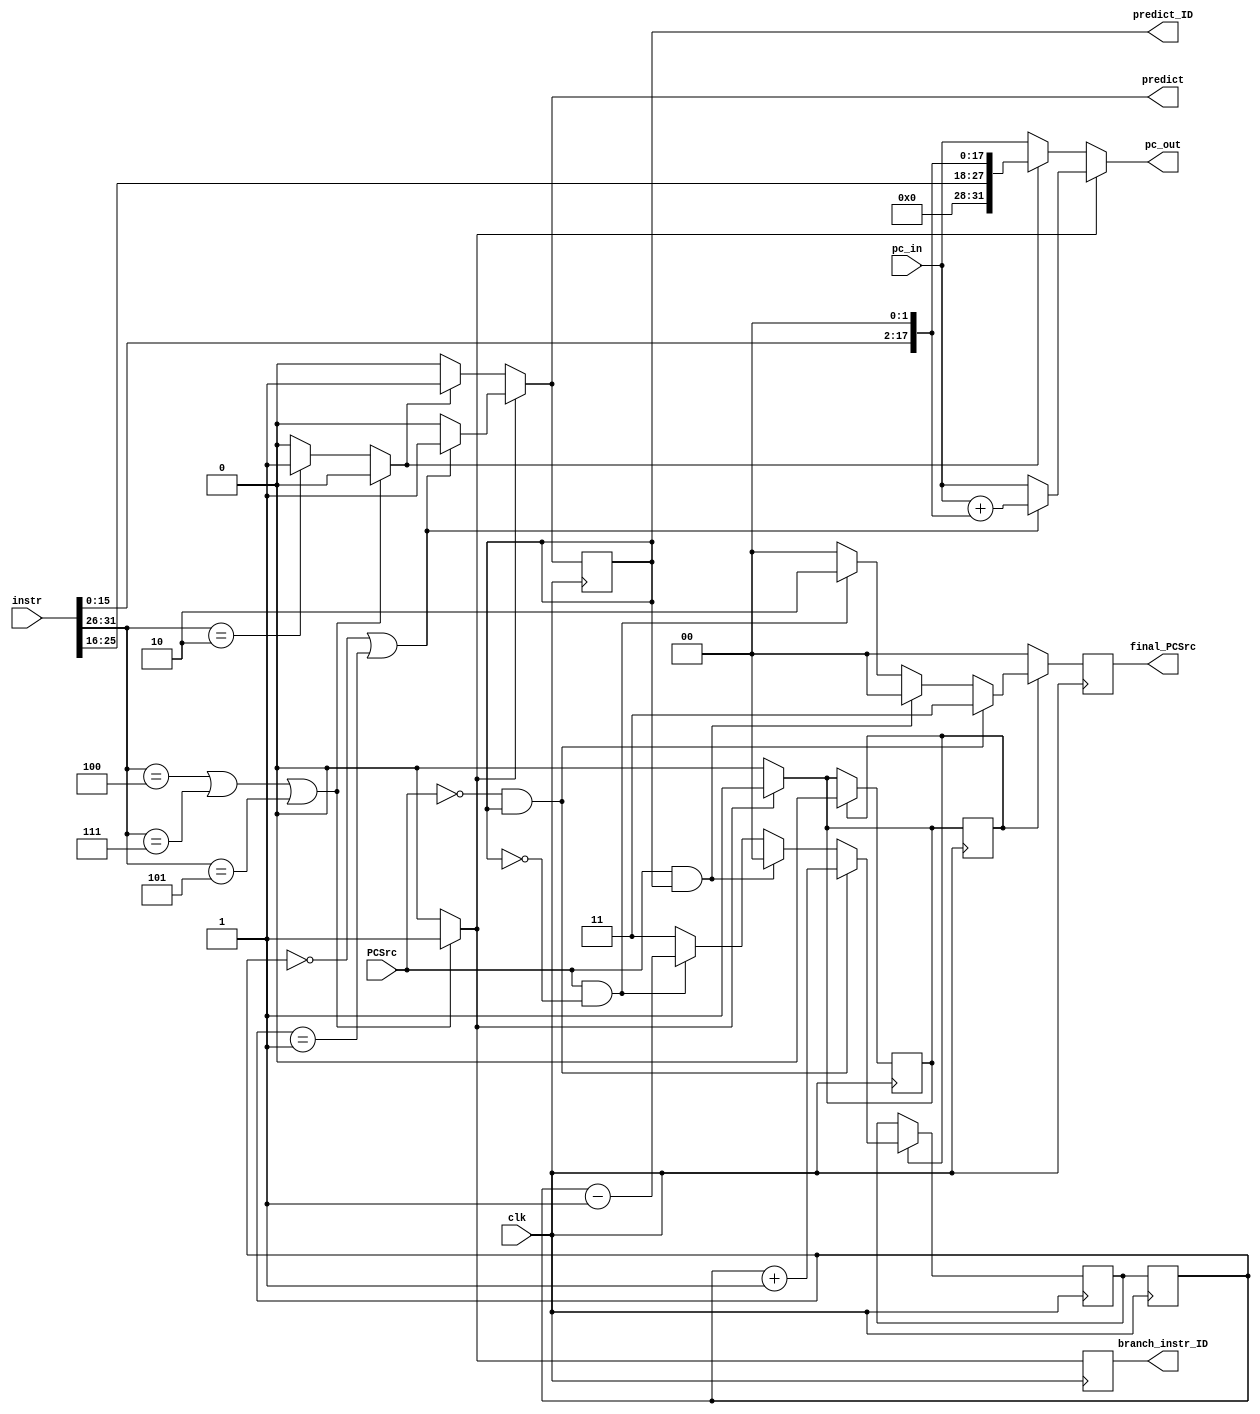
module Dynamic_Branch_Predict(clk, pc_in, instr, pc_out, predict,PCSrc, final_PCSrc, predict_ID
                  ,branch_instr_ID  );

    input   clk, PCSrc;
    input   [31:0] instr, pc_in;
    output  reg [31:0] pc_out;
    output  reg predict, predict_ID, branch_instr_ID;
    output  reg [1:0] final_PCSrc;

    reg     [1:0] state, stateEX, next_state;
    reg     branch_instr;
    reg     jump_instr, wait_to_check, check;

    parameter TAKE = 2'b00;
    parameter WEAKLY_TAKE = 2'b01;
    parameter WEAKLY_NOTTAKE = 2'b10;
    parameter NOT_TAKE = 2'b11;

    initial 
    begin
      pc_out=0;
      state = WEAKLY_TAKE;
      stateEX = WEAKLY_TAKE;
      next_state = WEAKLY_TAKE;
      predict =0;
      branch_instr=0;
      jump_instr=0;
      wait_to_check =0;
      check=0;
      final_PCSrc =0;
      branch_instr_ID=0;
      predict_ID=0;
    end

    assign op = instr[31:26];

    always@(*)
    begin
        if((instr[31:26] == 6'd4 )| (instr[31:26] == 6'd7 )| (instr[31:26] == 6'd5))      //beq, bgtz, bne
        begin   
            branch_instr=1;
            jump_instr=0;
        end
        else if(instr[31:26] == 6'd2) //jump
        begin    
            jump_instr=1;
            branch_instr=0;
        end
        
        else
        begin
            branch_instr=0;
            jump_instr=0;
        end
    end

    always@(*)
    begin
        if(branch_instr)
        begin   
            if(state == TAKE || state == WEAKLY_TAKE)
            begin
                pc_out = pc_in + $signed({instr[15:0],2'b00});
                predict = 1;
                wait_to_check=1;
            end
            else    //predict not to branch
            begin
                predict=0;
                pc_out=pc_in;
                wait_to_check=1;
            end
        end

        else if(jump_instr)
        begin   
                pc_out = {instr[25:0],2'b00};
                predict = 1;
                wait_to_check=0;    //do not check jump
        end

        else
        begin
            pc_out = pc_in;
            predict=0;
            wait_to_check=0;
        end
    end   

    //validate module during ID
    always@(negedge clk) 
    begin
        if((check))
        begin
            if(!PCSrc & (predict_ID))  //predict to brach but actually not
            begin
                final_PCSrc <= 2'b11;   //flush and set PC to sequential value
                wait_to_check<=0;
                next_state<=state+2'b01;
            end

            else if(PCSrc & predict_ID )     //predict to branch and actually take branch
            begin
                final_PCSrc <= 2'b00;
                wait_to_check <=0;
                next_state<=TAKE;
            end

            else if(PCSrc & !predict_ID)    //predict not to take but actually take
            begin
                final_PCSrc <= 2'b10;
                wait_to_check<=0;
                next_state<=state-2'b01;
            end

            else
            begin
                final_PCSrc <= 2'b00;
                wait_to_check<=0;
                next_state<=NOT_TAKE;
            end
        end
        else
        begin   
            final_PCSrc <= 2'b00;
            //wait_to_check<=0;
        end
    end


    always@(posedge clk)
    begin
        check<=wait_to_check;
        predict_ID<=predict;
        branch_instr_ID<=branch_instr;
        //stateEX<=state;
        state<=next_state;
    end
    
        
    
    
endmodule